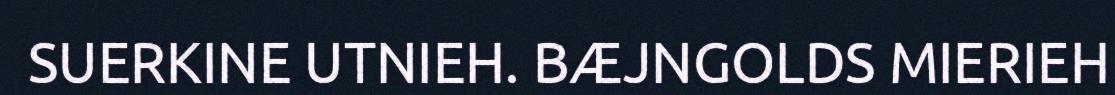
SUERKINE UTNIEH. BÆJNGOLDS MIERIEH